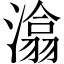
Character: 潝